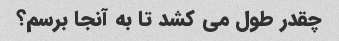
چقدر طول می کشد تا به آنجا برسم؟